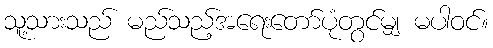
သူ့သားသည် မည်သည့်အရေးတော်ပုံတွင်မျှ မပါဝင်။